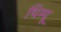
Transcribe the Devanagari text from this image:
थिम्पू